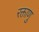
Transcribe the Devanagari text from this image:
रक्ताणु